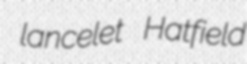
lancelet Hatfield